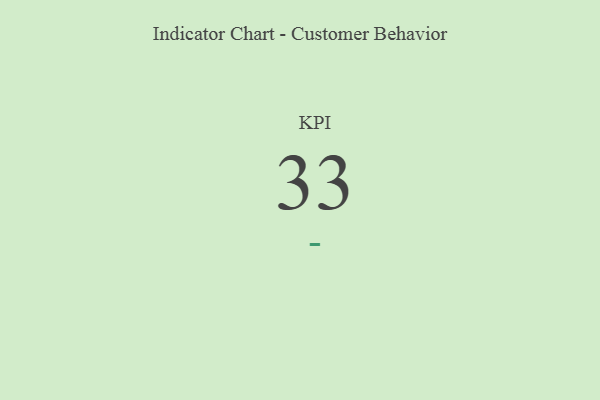
{"axis": {"x": "KPI", "y": "Value"}, "legend": [""], "data": [{"x": "KPI", "y": 33, "type": ""}]}